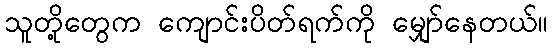
သူတို့တွေက ကျောင်းပိတ်ရက်ကို မျှော်နေတယ်။